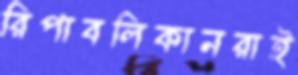
রিপাবলিকানরাই